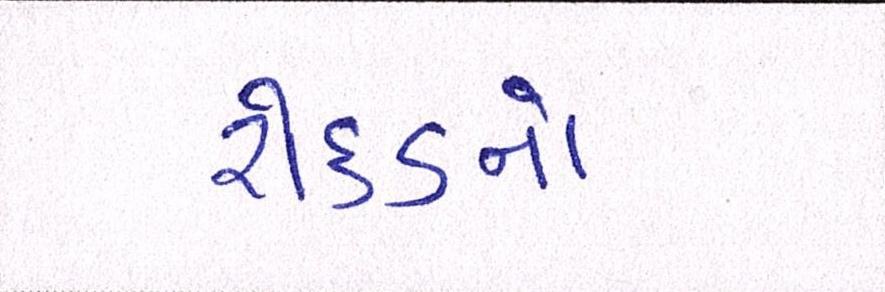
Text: રોકડનો